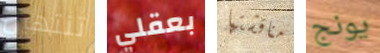
تنتهين بعقلي مناقشتها يونج